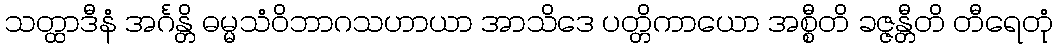
သတ္ထာဒီနံ အင်္ဂန္တိ ဓမ္မသံဝိဘာဂသဟာယာ အာသိဒေ ပတ္တိကာယော အစ္စီတိ ခဇ္ဇန္တီတိ တီရေတုံ